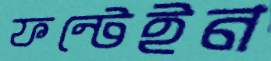
ফন্টেইন